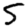
Digit: 5